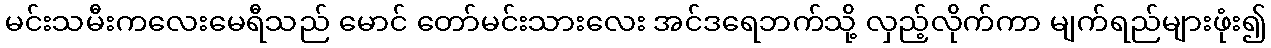
မင်းသမီးကလေးမေရီသည် မောင် တော်မင်းသားလေး အင်ဒရေဘက်သို့ လှည့်လိုက်ကာ မျက်ရည်များဖုံး၍